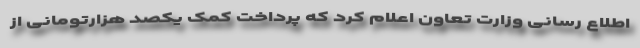
اطلاع رسانی وزارت تعاون اعلام کرد که پرداخت کمک یکصد هزارتومانی از